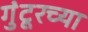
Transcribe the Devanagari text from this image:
गुंटूरच्या